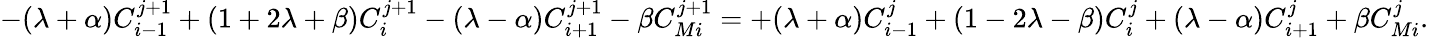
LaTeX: -(\lambda+\alpha)C_{i-1}^{j+1}+(1+2\lambda+\beta)C_{i}^{j+1}-(\lambda-\alpha)C_{i+1}^{j+1}-\beta C_{Mi}^{j+1}=+(\lambda+\alpha)C_{i-1}^{j}+(1-2\lambda-\beta)C_{i}^{j}+(\lambda-\alpha)C_{i+1}^{j}+\beta C_{Mi}^{j}.